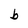
Character: b